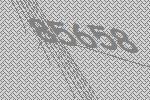
85658